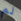
لم